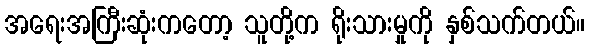
အရေးအကြီးဆုံးကတော့ သူတို့က ရိုးသားမှုကို နှစ်သက်တယ်။